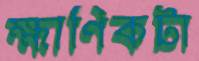
ক্ষাণিকটা